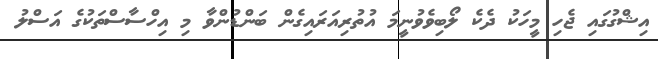
އިޝްގުގައި ޖެހި މީހަކު ދެކެ ލޯބިވެވުނީމަ އުތުރިއަރައިގެން ބަންޑުންވާ މި އިހްސާސްތަކުގެ އަސްލު